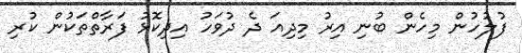
ފުލުހުން މިހެން ބުނި އިރު މިދިއަ ދެ ދުވަހު އިދިކޮޅު ފަރާތްތަކުން ކުރި